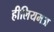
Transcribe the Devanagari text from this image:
हीलियमअ